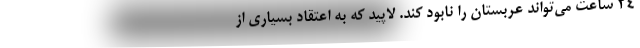
۲۴ ساعت می‌تواند عربستان را نابود کند. لاپید که به اعتقاد بسیاری از